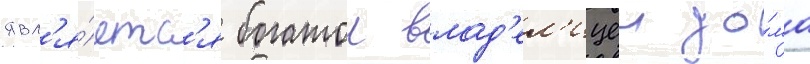
явл'я́етс'я богатои влад'ел'ицеи до́ма